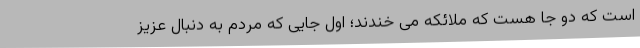
است که دو جا هست که ملائکه می خندند؛ اول جایی که مردم به دنبال عزیز